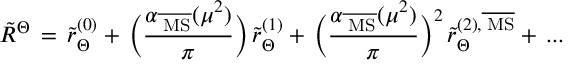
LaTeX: \tilde { R } ^ { \Theta } \, = \, \tilde { r } _ { \Theta } ^ { ( 0 ) } + \, \Big ( \frac { \alpha _ { \overline { { { \mathrm { \tiny ~ M S } } } } } ( \mu ^ { 2 } ) } { \pi } \Big ) \, \tilde { r } _ { \Theta } ^ { ( 1 ) } + \, \Big ( \frac { \alpha _ { \overline { { { \mathrm { \tiny ~ M S } } } } } ( \mu ^ { 2 } ) } { \pi } \Big ) ^ { 2 } \, \tilde { r } _ { \Theta } ^ { ( 2 ) , \overline { { { \mathrm { \tiny ~ M S } } } } } + \, . . .